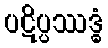
ပဋိပ္ပဿဒ္ဓံ